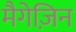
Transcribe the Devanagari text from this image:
मैगेज़िन